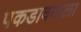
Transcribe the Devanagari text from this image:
पकडावयाला